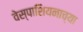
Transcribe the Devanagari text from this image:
वेस्पाशियनाच्या